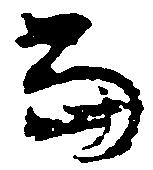
当